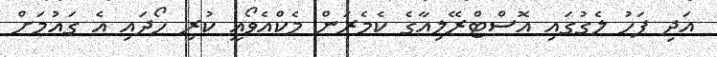
އަދި ފަހު ލެގުގައި އޮސްޓްރޭލިއާގެ ކެމެރަން މެކްއެވޯއީ ކުރި ހޯދައި އެ ގައުމަށް